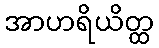
အာဟရိယိတ္ထ